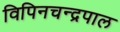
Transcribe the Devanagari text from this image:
विपिनचन्द्रपाल